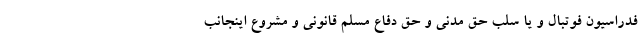
فدراسیون فوتبال و یا سلب حق مدنی و حق دفاع مسلم قانونی و مشروع اینجانب